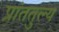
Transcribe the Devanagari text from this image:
प्रांततुल्य